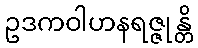
ဥဒကဝါဟနရဇ္ဇုန္တိ